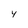
Character: 4